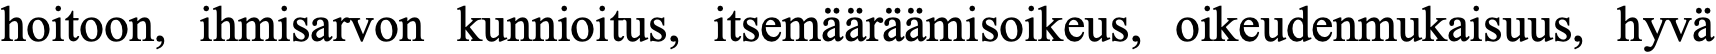
hoitoon, ihmisarvon kunnioitus, itsemääräämisoikeus, oikeudenmukaisuus, hyvä